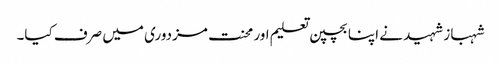
شہباز شہید نے اپنا بچپن تعلیم اور محنت مزدوری میں صرف کیا۔